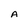
Character: A